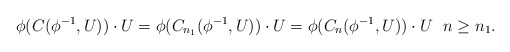
\begin{align*}\phi(C(\phi^{-1},U))\cdot U=\phi(C_{n_1}(\phi^{-1},U)) \cdot U=\phi(C_{n}(\phi^{-1},U)) \cdot U\ \ n\geq n_1.\end{align*}